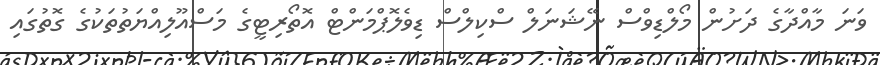
ވަނަ މާއްދާގެ ދަށުން މޯލްޑިވްސް ނޭޝަނަލް ސްކިލްސް ޑިވެލޮޕްމަންޓް އޮތޯރިޓީގެ މަސްއޫލިއްޔަތުތަކުގެ ގޮތުގައި